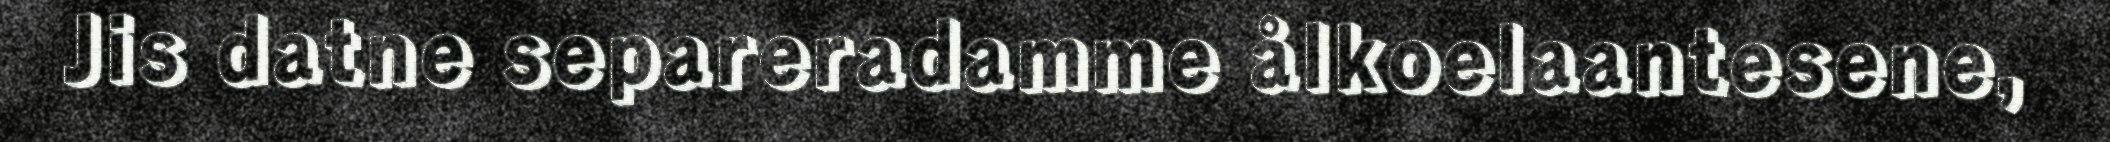
Jis datne separeradamme ålkoelaantesene,